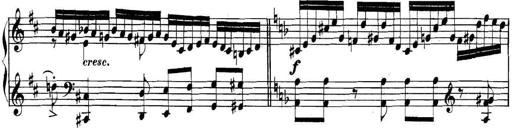
Title: Collected Piano Sonatas
Composer: Muzio Clementi